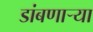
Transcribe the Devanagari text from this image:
डांबणार्‍या